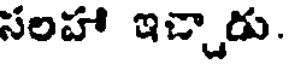
సలహా ఇచ్చాడు.